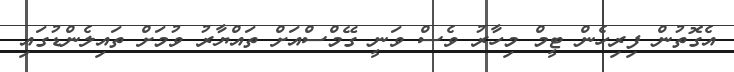
އެގޮތުން ފިރިހެން ޓީމް މިހާރު ވެސް ވަނީ ގޭމްސްއަށް ތައްޔާރު ވުމަށް ތައިލެންޑުގައި